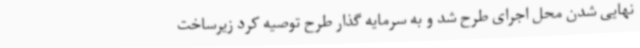
نهایی شدن محل اجرای طرح شد و به سرمایه گذار طرح توصیه کرد زیرساخت